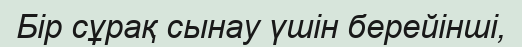
Бір сұрақ сынау үшін берейінші,